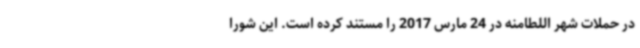
در حملات شهر اللطامنه در 24 مارس 2017 را مستند کرده است. این شورا